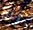
زلة